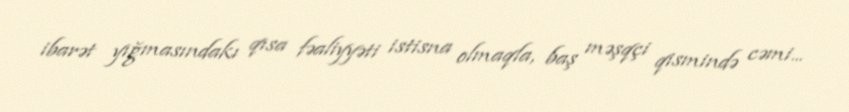
ibarət yığmasındakı qısa fəaliyyəti istisna olmaqla, baş məşqçi qismində cəmi...